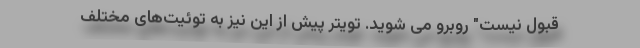
قبول نیست" روبرو می شوید. تویتر پیش از این نیز به توئیت‌های مختلف